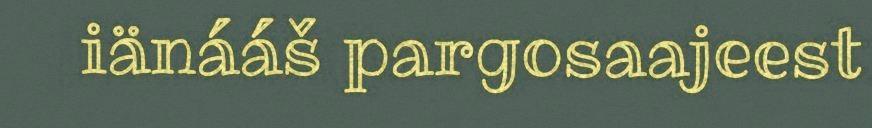
iänááš pargosaajeest